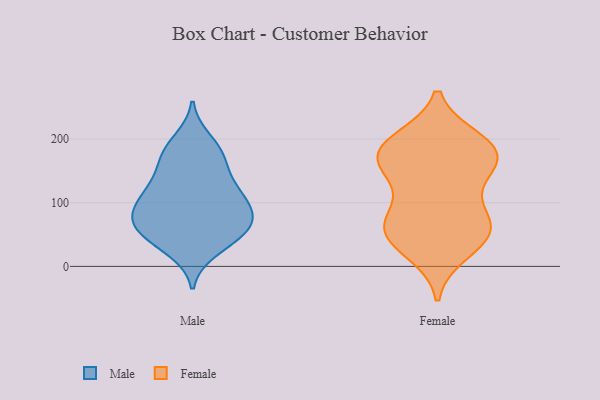
{"axis": {"x": "Revenue (USD Million)", "y": "Value"}, "legend": ["Female", "Male"], "data": [{"x": "", "y": 178, "type": "Male"}, {"x": "", "y": 37, "type": "Male"}, {"x": "", "y": 103, "type": "Male"}, {"x": "", "y": 179, "type": "Male"}, {"x": "", "y": 72, "type": "Male"}, {"x": "", "y": 146, "type": "Male"}, {"x": "", "y": 166, "type": "Male"}, {"x": "", "y": 198, "type": "Male"}, {"x": "", "y": 75, "type": "Male"}, {"x": "", "y": 98, "type": "Male"}, {"x": "", "y": 26, "type": "Male"}, {"x": "", "y": 118, "type": "Male"}, {"x": "", "y": 47, "type": "Male"}, {"x": "", "y": 76, "type": "Male"}, {"x": "", "y": 67, "type": "Male"}, {"x": "", "y": 119, "type": "Male"}, {"x": "", "y": 72, "type": "Male"}, {"x": "", "y": 51, "type": "Male"}, {"x": "", "y": 118, "type": "Male"}, {"x": "", "y": 24, "type": "Female"}, {"x": "", "y": 182, "type": "Female"}, {"x": "", "y": 63, "type": "Female"}, {"x": "", "y": 47, "type": "Female"}, {"x": "", "y": 138, "type": "Female"}, {"x": "", "y": 192, "type": "Female"}, {"x": "", "y": 155, "type": "Female"}, {"x": "", "y": 162, "type": "Female"}, {"x": "", "y": 57, "type": "Female"}, {"x": "", "y": 175, "type": "Female"}, {"x": "", "y": 197, "type": "Female"}, {"x": "", "y": 73, "type": "Female"}, {"x": "", "y": 86, "type": "Female"}, {"x": "", "y": 180, "type": "Female"}, {"x": "", "y": 48, "type": "Female"}]}